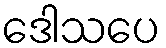
ဒေါသပေ